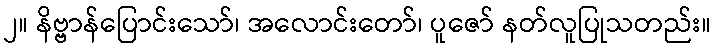
၂။ နိဗ္ဗာန်ပြောင်းသော်၊ အလောင်းတော်၊ ပူဇော် နတ်လူပြုသတည်း။